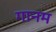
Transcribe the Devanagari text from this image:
गानम